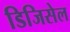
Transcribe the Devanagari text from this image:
डिजिसेल